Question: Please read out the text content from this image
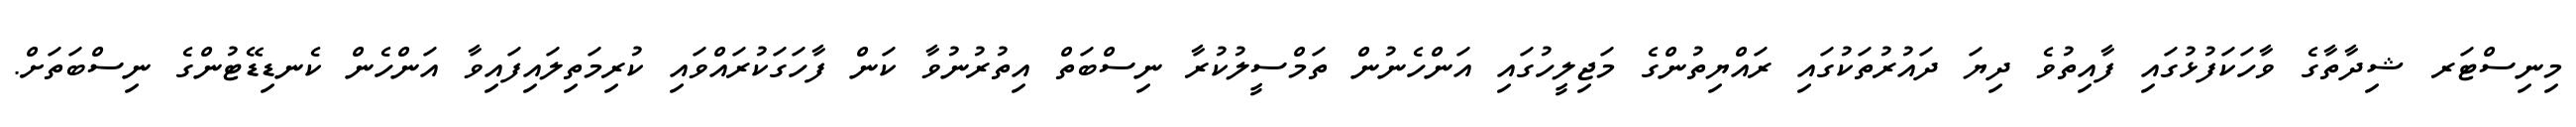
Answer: މިނިސްޓަރ ޝިދާތާގެ ވާހަކަފުޅުގައި ފާއިތުވެ ދިޔަ ދައުރުތަކުގައި ރައްޔިތުންގެ މަޖިލީހުގައި އަންހެނުން ތަމްސީލުކުރާ ނިސްބަތް އިތުރުނުވާ ކަން ފާހަގަކުރައްވައި ކުރިމަތިލައިފައިވާ އަންހެން ކެނޑިޑޭޓުންގެ ނިސްބަތަށް.